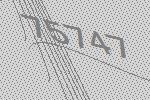
75747